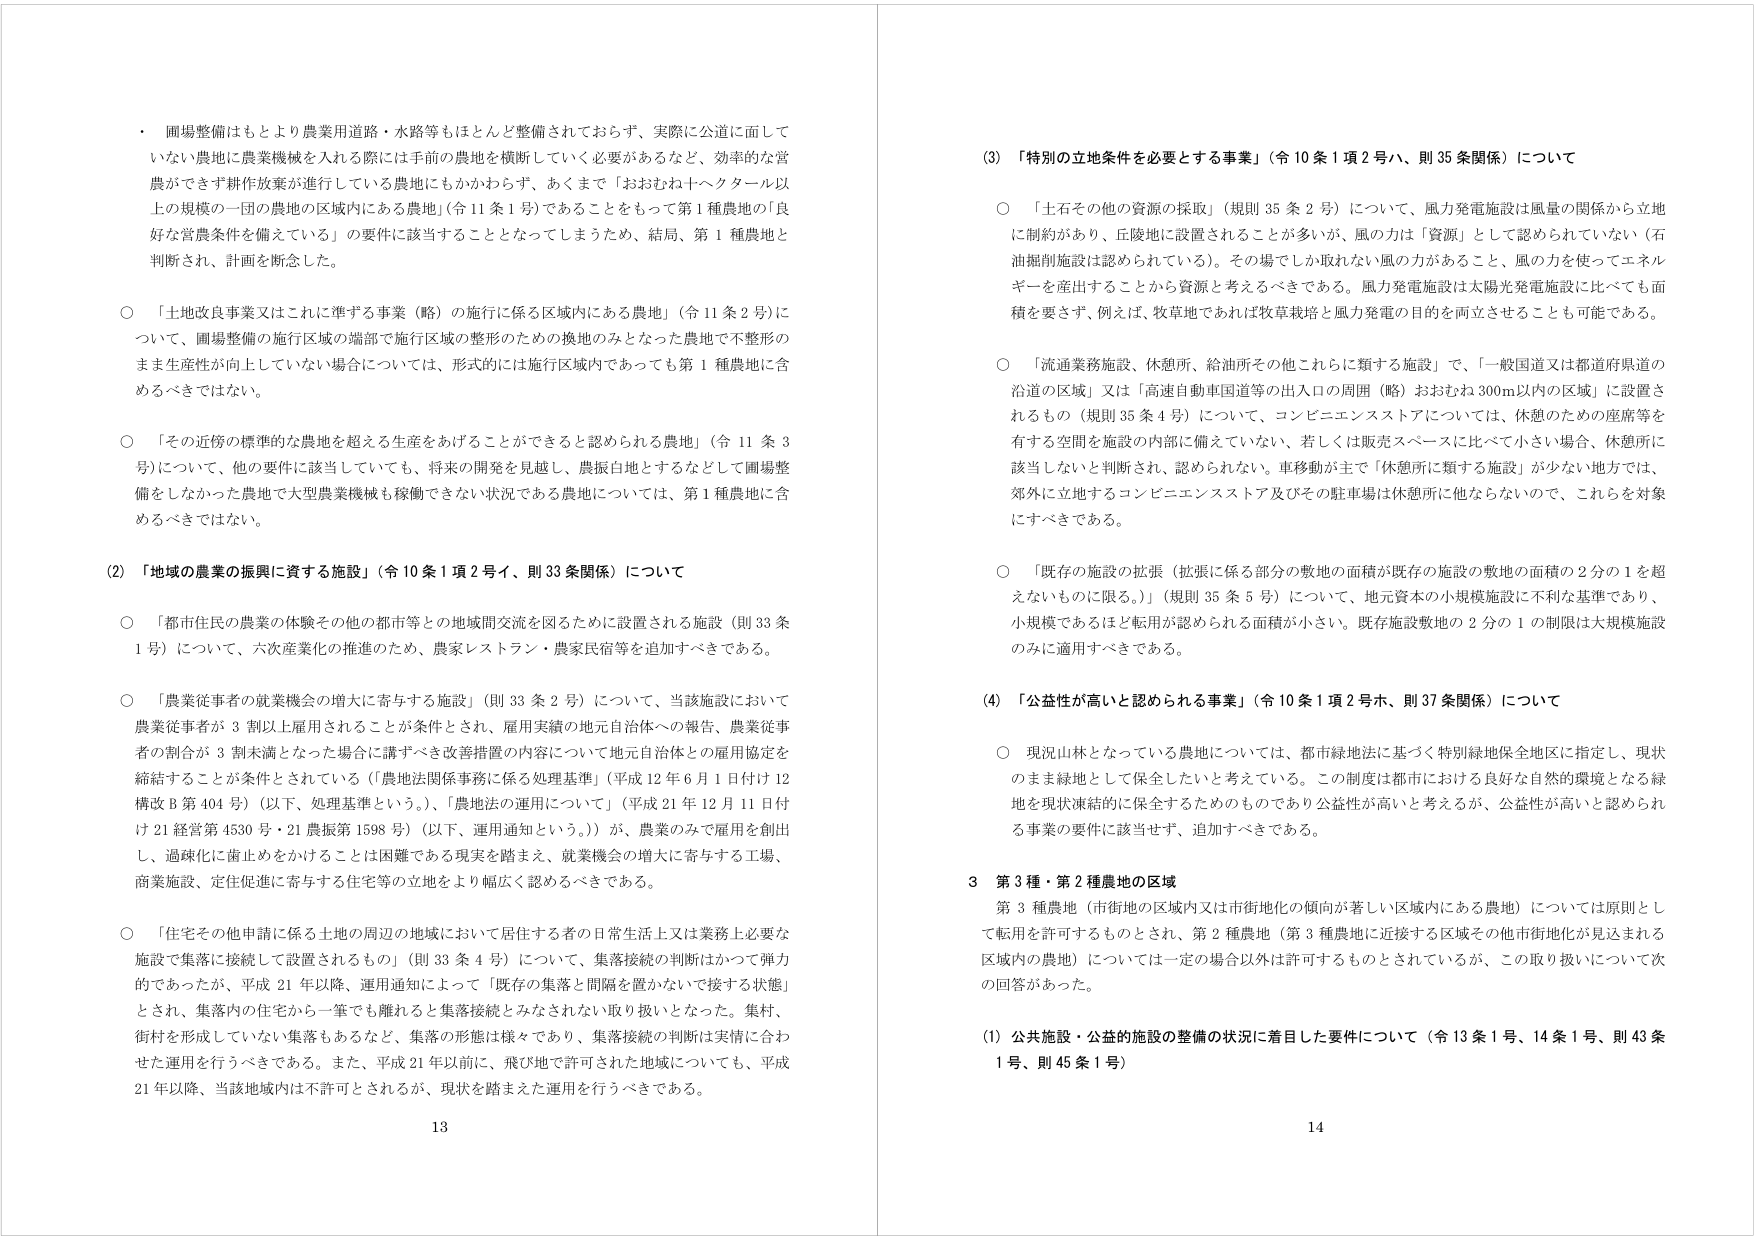
・圃場整備はもとより農業用道路・水路等もほとんど整備されておらず、実際に公道に面して
いない農地に農業機械を入れる際には手前の農地を横断していく必要があるなど、効率的な営
農ができず耕作放棄が進行している農地にもかかわらず、あくまで「おおむね十ヘクタール以
上の規模の一団の農地の区域内にある農地」（令11条1号）であることをもって第1種農地の「良
好な営農条件を備えている」の要件に該当することとなってしまうため、結局、第1種農地と
判断され、計画を断念した。

○「土地改良事業又はこれに準ずる事業（略）の施行に係る区域内にある農地」（令11条2号）に
ついて、圃場整備の施行区域の端部で施行区域の整形のための換地のみとなった農地で不整形の
まま生産性が向上していない場合については、形式的には施行区域内であっても第1種農地に含
めるべきではない。

○「その近傍の標準的な農地を超える生産をあげることができると認められる農地」（令11条3
号）について、他の要件に該当していても、将来の開発を見越し、農振白地とするなどして圃場整
備をしなかった農地で大型農業機械も稼働できない状況である農地については、第1種農地に含
めるべきではない。

(2)「地域の農業の振興に資する施設」（令10条1項2号イ、則33条関係）について

○「都市住民の農業の体験その他の都市等との地域間交流を図るために設置される施設（則33条
1号）」について、六次産業化の推進のため、農家レストラン・農家民宿等を追加すべきである。

○「農業従事者の就業機会の増大に寄与する施設」（則33条2号）について、当該施設において
農業従事者が3割以上雇用されることが条件とされ、雇用実績の地元自治体への報告、農業従事
者の割合が3割未満となった場合に講ずべき改善措置の内容について地元自治体との雇用協定を
締結することが条件とされている（「農地法関係事務に係る処理基準」（平成12年6月1日付け12
構改B第404号）（以下、処理基準という。）、「農地法の運用について」（平成21年12月11日付
け21経営第4530号・21農振第1598号）（以下、運用通知という。））が、農業のみで雇用を創出
し、過疎化に歯止めをかけることは困難である現実を踏まえ、就業機会の増大に寄与する工場、
商業施設、定住促進に寄与する住宅等の立地をより幅広く認めるべきである。

○「住宅その他申請に係る土地の周辺の地域において居住する者の日常生活上又は業務上必要な
施設で集落に接続して設置されるもの」（則33条4号）について、集落接続の判断はかつて弾力
的であったが、平成21年以降、運用通知によって「既存の集落と間隔を置かないで接する状態」
とされ、集落内の住宅から一筆でも離れると集落接続とみなされない取り扱いとなった。集村、
街村を形成していない集落もあるなど、集落の形態は様々であり、集落接続の判断は実情に合わ
せた運用を行うべきである。また、平成21年以前に、飛び地で許可された地域についても、平成
21年以降、当該地域内は不許可とされるが、現状を踏まえた運用を行うべきである。

13

(3)「特別の立地条件を必要とする事業」（令10条1項2号ハ、則35条関係）について

○「土石その他の資源の採取」（規則35条2号）について、風力発電施設は風量の関係から立地
に制約があり、丘陵地に設置されることが多いが、風の力は「資源」として認められていない（石
油掘削施設は認められている）。その場でしか収れない風の力があること、風の力を使ってエネル
ギーを産出することから資源と考えるべきである。風力発電施設は太陽光発電施設に比べても面
積を要さず、例えば、牧草地であれば牧草栽培と風力発電の目的を両立させることも可能である。

○「流通業務施設、休憩所、給油所その他これらに類する施設」で、「一般国道又は都道府県道の
沿道の区域」又は「高速自動車国道等の出入口の周囲（略）おおむね300m以内の区域」に設置さ
れるもの（規則35条4号）について、コンビニエンスストアについては、休憩のための座席等を
有する空間を施設の内部に備えていない、若しくは販売スペースに比べて小さい場合、休憩所に
該当しないと判断され、認められない。車移動が主で「休憩所に類する施設」が少ない地方では、
郊外に立地するコンビニエンスストア及びその駐車場は休憩所に他ならないので、これらを対象
にすべきである。

○「既存の施設の拡張（拡張に係る部分の敷地の面積が既存の施設の敷地の面積の2分の1を超
えないものに限る。）」（規則35条5号）について、地元資本の小規模施設に不利な基準であり、
小規模であるほど転用が認められる面積が小さい。既存施設敷地の2分の1の制限は大規模施設
のみに適用すべきである。

(4)「公益性が高いと認められる事業」（令10条1項2号ホ、則37条関係）について

○現況山林となっている農地については、都市緑地法に基づく特別緑地保全地区に指定し、現状
のまま緑地として保全したいと考えている。この制度は都市における良好な自然的環境となる緑
地を現状継続的に保全するためのものであり公益性が高いと考えるが、公益性が高いと認められ
る事業の要件に該当せず、追加すべきである。

3 第3種・第2種農地の区域

第3種農地（市街地の区域内又は市街地化の傾向が著しい区域内にある農地）については原則とし
て転用を許可するものとされ、第2種農地（第3種農地に近接する区域その他市街地化が見込まれる
区域内の農地）については一定の場合以外は許可するものとされているが、この取り扱いについて次
の回答があった。

(1) 公共施設・公益的施設の整備の状況に着目した要件について（令13条1号、14条1号、則43条
1号、則45条1号）

14